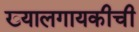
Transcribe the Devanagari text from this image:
ख्यालगायकीची